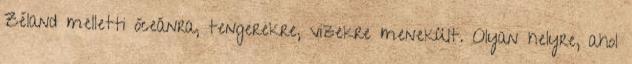
Zéland melletti óceánra, tengerekre, vizekre menekült. Olyan helyre, ahol